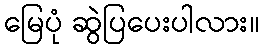
မြေပုံ ဆွဲပြပေးပါလား။